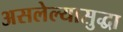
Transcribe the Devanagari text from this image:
असलेल्यासुद्धा